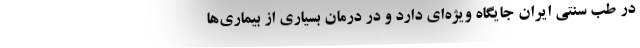
در طب سنتی ایران جایگاه ویژه‌ای دارد و در درمان بسیاری از بیماری‌ها